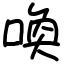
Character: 喚